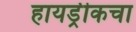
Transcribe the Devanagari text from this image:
हायड्रीकचा